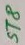
Text: ST8